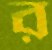
র